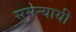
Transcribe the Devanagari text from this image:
समन्यायी